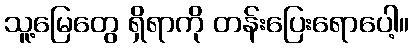
သူ့မြေတွေ ရှိရာကို တန်းပြေးရောပေါ့။